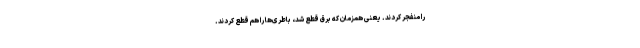
را منفجر کردند. یعنی همزمان که برق قطع شد، باطری‌ها را هم قطع کردند.